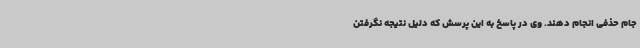
جام حذفی انجام دهند. وی در پاسخ به این پرسش که دلیل نتیجه نگرفتن